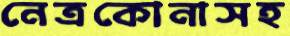
নেত্রকোনাসহ